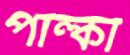
পাল্কী